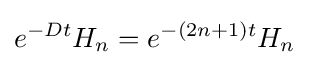
e^{-Dt}H_{n}=e^{-(2n+1)t}H_{n}